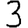
Digit: 3